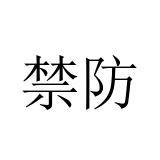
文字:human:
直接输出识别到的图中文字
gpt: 禁防